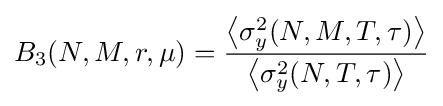
B_{3}(N,M,r,\mu )={\frac {\left\langle \sigma _{y}^{2}(N,M,T,\tau )\right\rangle }{\left\langle \sigma _{y}^{2}(N,T,\tau )\right\rangle }}